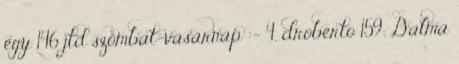
egy 146 jtd szombat-vasárnap :- 4. droberto 159; Dalma